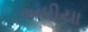
અધીયા